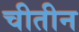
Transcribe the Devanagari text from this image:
चीतीन